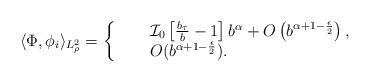
LaTeX: \begin{align*} \langle \Phi, \phi_i \rangle_{L^2_\rho} = \left\{ \begin{array}{rcl}& & \mathcal{I}_0 \left[ \frac{b_\tau}{b} - 1 \right] b^\alpha + O\left( b^{\alpha +1-\frac{\epsilon}{2}} \right) ,\\& &O(b^{\alpha +1-\frac{\epsilon}{2}}).\end{array} \right. \end{align*}